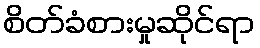
စိတ်ခံစားမှုဆိုင်ရာ